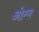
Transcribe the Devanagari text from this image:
ओग्ग